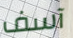
آسف